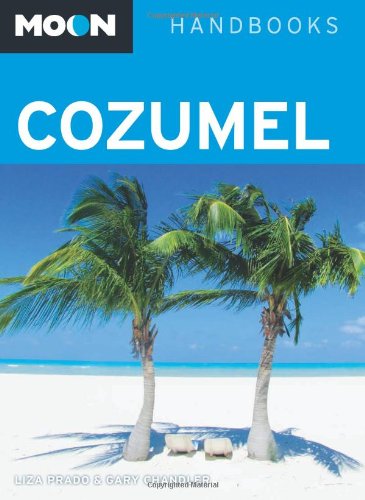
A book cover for Moon Cozumel (Moon Handbooks); Liza Prado; Travel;